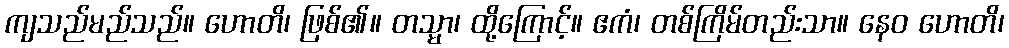
ကျသည်မည်သည်။ ဟောတိ၊ ဖြစ်၏။ တသ္မာ၊ ထို့ကြောင့်။ ဧကံ၊ တစ်ကြိမ်တည်းသာ။ နေဝ ဟောတိ၊